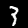
Digit: 3